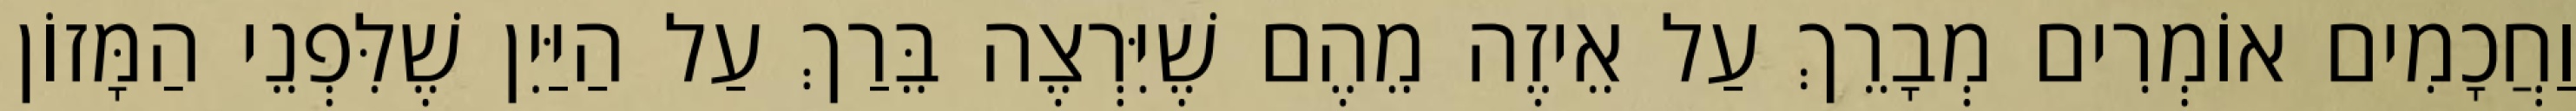
וַחֲכָמִים אוֹמְרִים מְבָרֵךְ עַל אֵיזֶה מֵהֶם שֶׁיִּרְצֶה בֵּרַךְ עַל הַיַּיִן שֶׁלִּפְנֵי הַמָּזוֹן